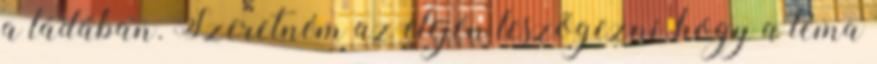
a ládában. Szeretném az elején leszögezni, hogy a téma